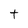
Character: t